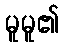
မူမူ၏